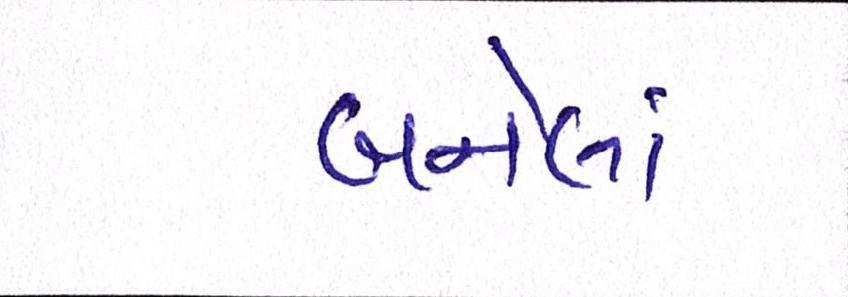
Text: બનેલાં